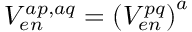
V _ { e n } ^ { a p , a q } = \left( V _ { e n } ^ { p q } \right) ^ { a }